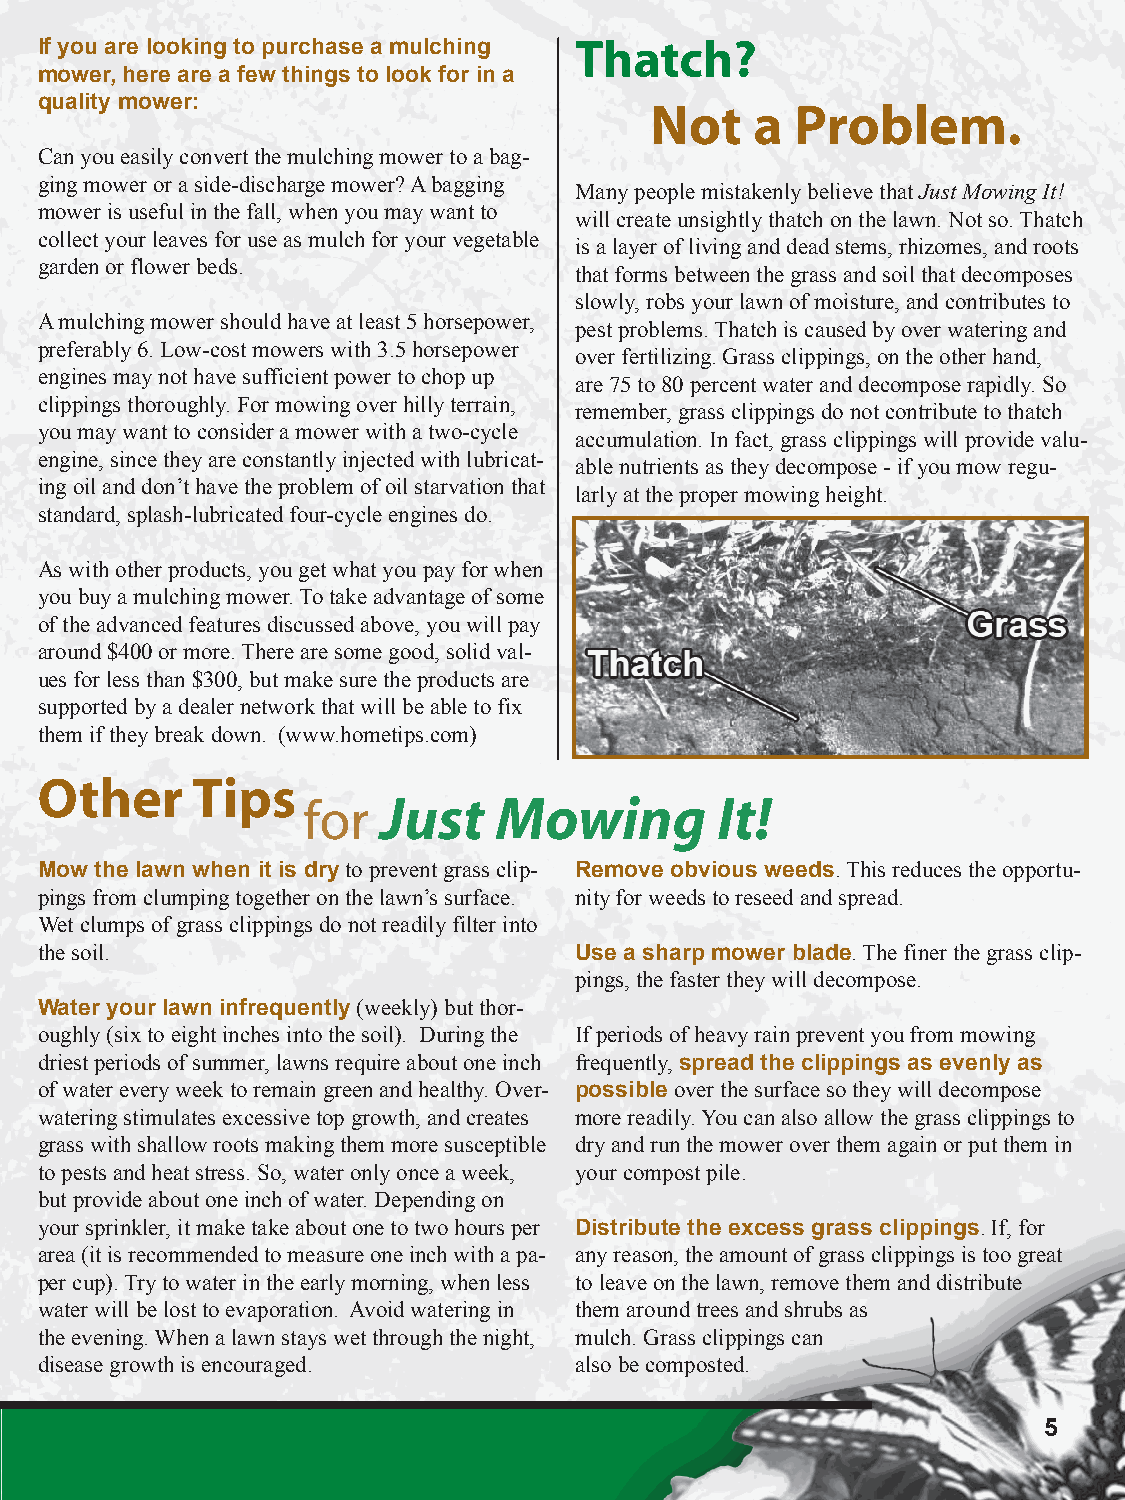
If you are looking to purchase a mulching Thatch?
 mower, here are a few things to look for in a
 quality mower:
 Not    a  Problem.
 Can you easily convert the mulching mower to a bag-
 ging mower or a side-discharge mower? A bagging
 Many people mistakenly believe that Just Mowing It!
 mower is useful in the fall, when you may want to
 will create unsightly thatch on the lawn. Not so. Thatch
 collect your leaves for use as mulch for your vegetable
 is a layer of living and dead stems, rhizomes, and roots
 garden or flower beds.
 that forms between the grass and soil that decomposes
 slowly, robs your lawn of moisture, and contributes to
 A mulching mower should have at least 5 horsepower,
 pest problems. Thatch is caused by over watering and
 preferably 6. Low-cost mowers with 3.5 horsepower
 over fertilizing. Grass clippings, on the other hand,
 engines may not have sufficient power to chop up
 are 75 to 80 percent water and decompose rapidly. So
 clippings thoroughly. For mowing over hilly terrain,
 remember, grass clippings do not contribute to thatch
 you may want to consider a mower with a two-cycle
 accumulation. In fact, grass clippings will provide valu-
 engine, since they are constantly injected with lubricat-
 able nutrients as they decompose - if you mow regu-
 ing oil and don’t have the problem of oil starvation that
 larly at the proper mowing height.
 standard, splash-lubricated four-cycle engines do.
 As with other products, you get what you pay for when
 you buy a mulching mower. To take advantage of some
 of the advanced features discussed above, you will pay
 around $400 or more. There are some good, solid val-
 ues for less than $300, but make sure the products are
 supported by a dealer network that will be able to fix
 them if they break down. (www.hometips.com)
 Other      Tips
 for  Just    Mowing        It!
 Mow the lawn when it is dry to prevent grass clip- Remove obvious weeds. This reduces the opportu-
 pings from clumping together on the lawn’s surface. nity for weeds to reseed and spread.
 Wet clumps of grass clippings do not readily filter into
 the soil.                           Use a sharp mower blade. The finer the grass clip-
 pings, the faster they will decompose.
 Water your lawn infrequently (weekly) but thor-
 oughly (six to eight inches into the soil). During the If periods of heavy rain prevent you from mowing
 driest periods of summer, lawns require about one inch frequently, spread the clippings as evenly as
 of water every week to remain green and healthy. Over- possible over the surface so they will decompose
 watering stimulates excessive top growth, and creates more readily. You can also allow the grass clippings to
 grass with shallow roots making them more susceptible dry and run the mower over them again or put them in
 to pests and heat stress. So, water only once a week, your compost pile.
 but provide about one inch of water. Depending on
 your sprinkler, it make take about one to two hours per Distribute the excess grass clippings. If, for
 area (it is recommended to measure one inch with a pa- any reason, the amount of grass clippings is too great
 per cup). Try to water in the early morning, when less to leave on the lawn, remove them and distribute
 water will be lost to evaporation. Avoid watering in them around trees and shrubs as
 the evening. When a lawn stays wet through the night, mulch. Grass clippings can
 disease growth is encouraged.       also be composted.
 5